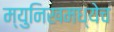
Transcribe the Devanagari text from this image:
म्युनिखमध्येच